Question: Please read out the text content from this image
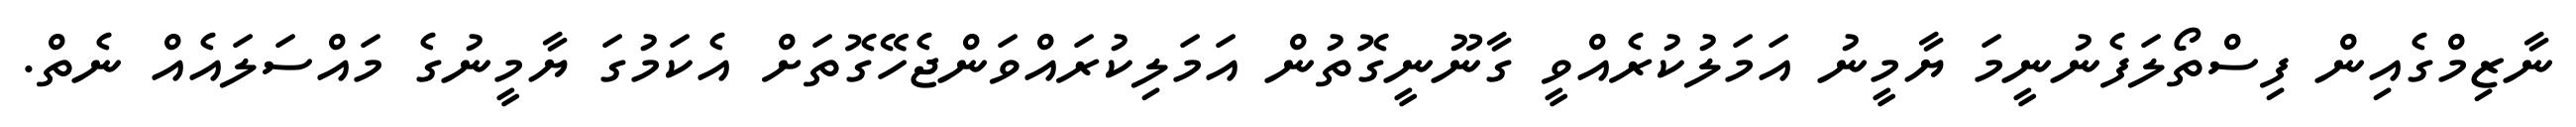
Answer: ނާޒިމްގެއިން ފިސްތޯލަފެނުނީމަ ޔާމީނު އަމަލުކުރެއްވީ ގާނޫނީގޮތުން އަމަލިކުރައްވަންޖެހޭގޮތަށް އެކަމުގަ ޔާމީނުގެ މައްސަލައެއް ނެތް.